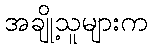
အချို့သူများက